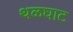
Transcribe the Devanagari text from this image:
थळघाट